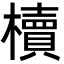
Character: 櫝